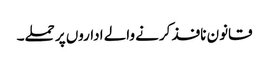
قانون نافذ کرنے والے اداروں پر حملے۔